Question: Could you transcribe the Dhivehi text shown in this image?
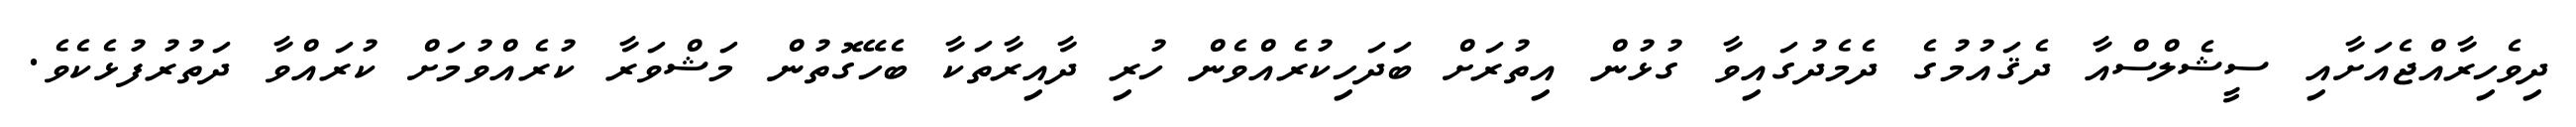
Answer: ދިވެހިރާއްޖެއަށާއި ސީޝެލްސްއާ ދެޤައުމުގެ ދެމެދުގައިވާ ގުޅުން އިތުރަށް ބަދަހިކުރެއްވެން ހުރި ދާއިރާތަކާ ބެހޭގޮތުން މަޝްވަރާ ކުރެއްވުމަށް ކުރައްވާ ދަތުރުފުޅެކެވެ.